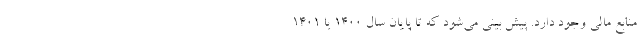
منابع مالی وجود دارد. پیش بینی می‌شود که تا پایان سال ۱۴۰۰ یا ۱۴۰۱